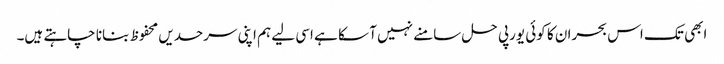
ابھی تک اس بحران کا کوئی یورپی حل سامنے نہیں آ سکا ہے اسی لیے ہم اپنی سرحدیں محفوظ بنانا چاہتے ہیں۔